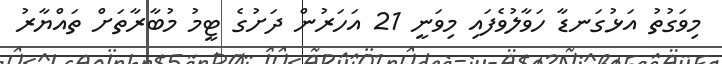
މިވަގުތު އަޅުގަނޑާ ހަވާލުވެފައި މިވަނީ 21 އަހަރުން ދަށުގެ ޓީމު މުބާރާތަށް ތައްޔާރު